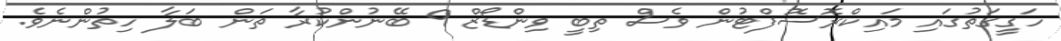
ހަގީގަތުގައި މައިކްރޮސޮފްޓުން ވެސް ތިބީ ވިންޑޯޒް 9 ބޭނުންކުރާ ތަން ބަލާ ހިތުންނެވެ.